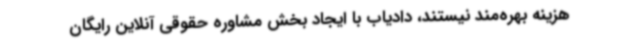
هزینه بهره‌مند نیستند، دادیاب با ایجاد بخش مشاوره حقوقی آنلاین رایگان